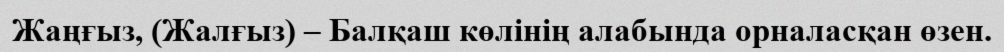
Жаңғыз, (Жалғыз) – Балқаш көлінің алабында орналасқан өзен.